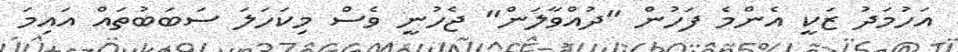
އަހުމަދު ޒަކީ އެންމެ ފަހުން "ދުއްވާލަން" ޖެހުނީ ވެސް މިކަހަލަ ސަބަބުތައް އައިމަ